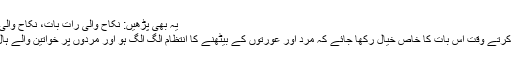
یہ بھی پڑھیں: نکاح والی رات بات، نکاح والی رات ملاقات - صدام حسین
شادی کے فنکشن کا انتظام کرتے وقت اس بات کا خاص خیال رکھا جائے کہ مرد اور عورتوں کے بیٹھنے کا انتظام الگ الگ ہو اور مردوں‌ پر خواتین والے ہال میں گھسنے پر پابندی ہو۔